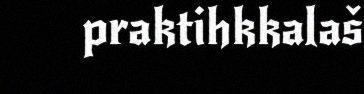
praktihkkalaš